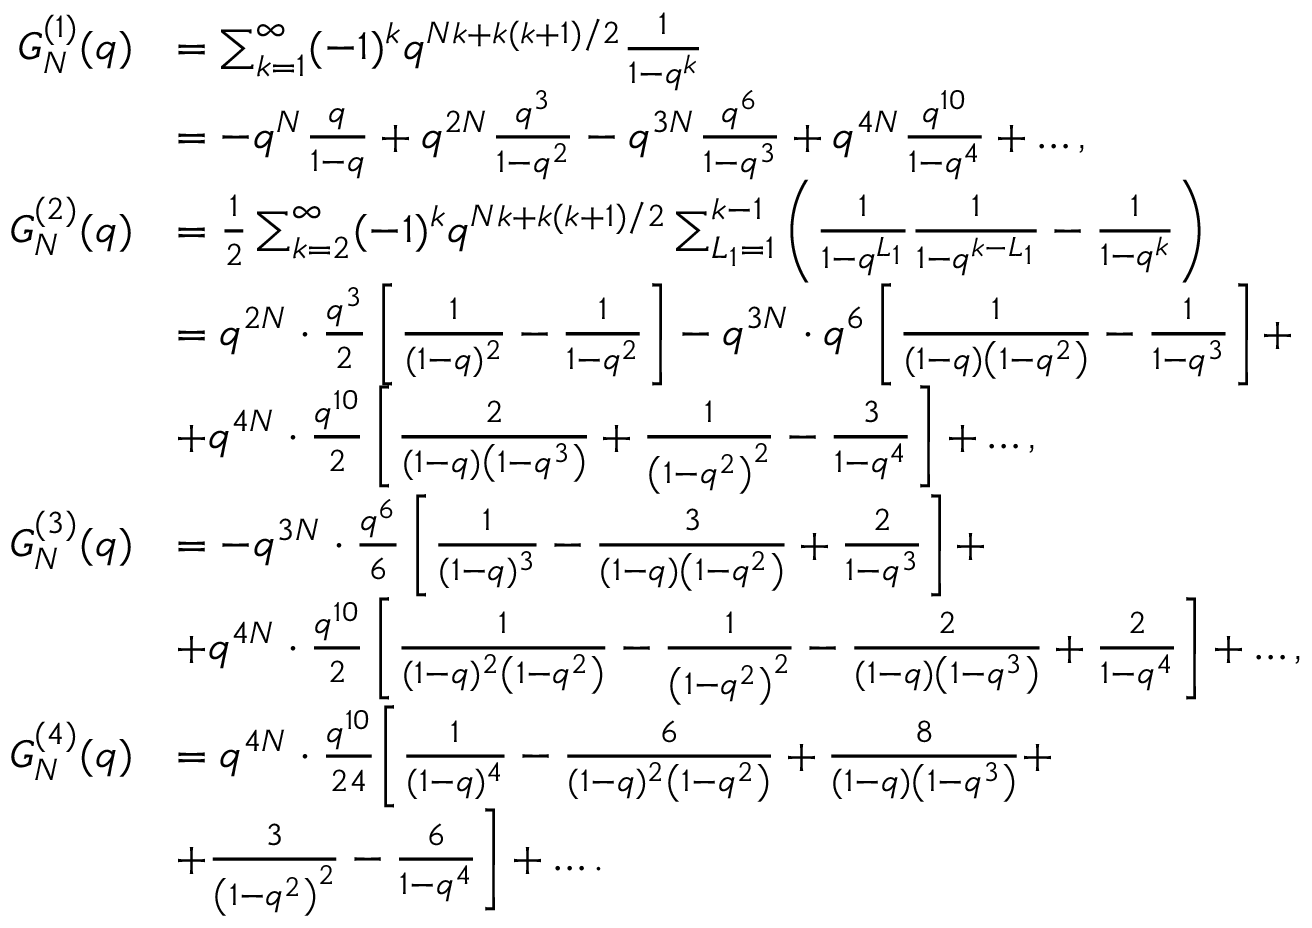
\begin{array} { r l } { G _ { N } ^ { ( 1 ) } ( q ) } & { = \sum _ { k = 1 } ^ { \infty } ( - 1 ) ^ { k } q ^ { N k + k ( k + 1 ) / 2 } \frac { 1 } { 1 - q ^ { k } } } \\ & { = - q ^ { N } \frac { q } { 1 - q } + q ^ { 2 N } \frac { q ^ { 3 } } { 1 - q ^ { 2 } } - q ^ { 3 N } \frac { q ^ { 6 } } { 1 - q ^ { 3 } } + q ^ { 4 N } \frac { q ^ { 1 0 } } { 1 - q ^ { 4 } } + \dots , } \\ { G _ { N } ^ { ( 2 ) } ( q ) } & { = \frac { 1 } { 2 } \sum _ { k = 2 } ^ { \infty } ( - 1 ) ^ { k } q ^ { N k + k ( k + 1 ) / 2 } \sum _ { L _ { 1 } = 1 } ^ { k - 1 } \left( \frac { 1 } { 1 - q ^ { L _ { 1 } } } \frac { 1 } { 1 - q ^ { k - L _ { 1 } } } - \frac { 1 } { 1 - q ^ { k } } \right) } \\ & { = q ^ { 2 N } \cdot \frac { q ^ { 3 } } { 2 } \left[ \frac { 1 } { ( 1 - q ) ^ { 2 } } - \frac { 1 } { 1 - q ^ { 2 } } \right] - q ^ { 3 N } \cdot q ^ { 6 } \left[ \frac { 1 } { ( 1 - q ) \left( 1 - q ^ { 2 } \right) } - \frac { 1 } { 1 - q ^ { 3 } } \right] + } \\ & { + q ^ { 4 N } \cdot \frac { q ^ { 1 0 } } { 2 } \left[ \frac { 2 } { ( 1 - q ) \left( 1 - q ^ { 3 } \right) } + \frac { 1 } { \left( 1 - q ^ { 2 } \right) ^ { 2 } } - \frac { 3 } { 1 - q ^ { 4 } } \right] + \dots , } \\ { G _ { N } ^ { ( 3 ) } ( q ) } & { = - q ^ { 3 N } \cdot \frac { q ^ { 6 } } { 6 } \left[ \frac { 1 } { ( 1 - q ) ^ { 3 } } - \frac { 3 } { ( 1 - q ) \left( 1 - q ^ { 2 } \right) } + \frac { 2 } { 1 - q ^ { 3 } } \right] + } \\ & { + q ^ { 4 N } \cdot \frac { q ^ { 1 0 } } { 2 } \left[ \frac { 1 } { ( 1 - q ) ^ { 2 } \left( 1 - q ^ { 2 } \right) } - \frac { 1 } { \left( 1 - q ^ { 2 } \right) ^ { 2 } } - \frac { 2 } { ( 1 - q ) \left( 1 - q ^ { 3 } \right) } + \frac { 2 } { 1 - q ^ { 4 } } \right] + \dots , } \\ { G _ { N } ^ { ( 4 ) } ( q ) } & { = q ^ { 4 N } \cdot \frac { q ^ { 1 0 } } { 2 4 } \bigg [ \frac { 1 } { ( 1 - q ) ^ { 4 } } - \frac { 6 } { ( 1 - q ) ^ { 2 } \left( 1 - q ^ { 2 } \right) } + \frac { 8 } { ( 1 - q ) \left( 1 - q ^ { 3 } \right) } + } \\ & { + \frac { 3 } { \left( 1 - q ^ { 2 } \right) ^ { 2 } } - \frac { 6 } { 1 - q ^ { 4 } } \bigg ] + \dots . } \end{array}